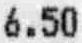
6.50